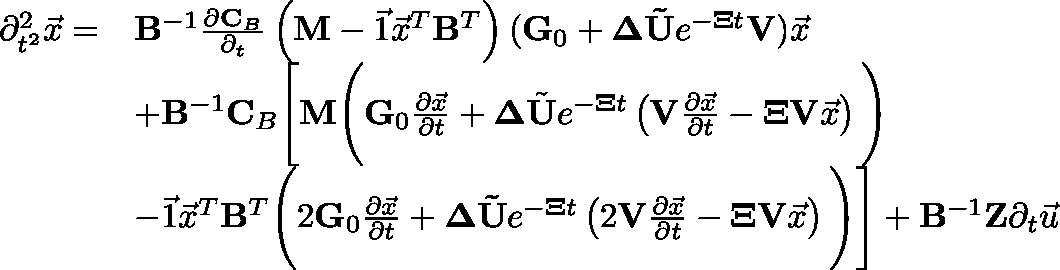
\begin{array} { r l } { \partial _ { t ^ { 2 } } ^ { 2 } \vec { x } = } & { \mathbf { B } ^ { - 1 } \frac { \partial \mathbf { C } _ { B } } { \partial _ { t } } \left( \mathbf { M } - \vec { 1 } \vec { x } ^ { T } \mathbf { B } ^ { T } \right) ( \mathbf { G } _ { 0 } + \mathbf { \Delta } \mathbf { \tilde { U } } e ^ { - \mathbf { \Xi } t } \mathbf { V } ) \vec { x } } \\ & { + \mathbf { B } ^ { - 1 } \mathbf { C } _ { B } \Bigg [ \mathbf { M } \Bigg ( \mathbf { G } _ { 0 } \frac { \partial \vec { x } } { \partial t } + \mathbf { \Delta } \tilde { \mathbf { U } } e ^ { - \mathbf { \Xi } t } \left( \mathbf { V } \frac { \partial \vec { x } } { \partial t } - \mathbf { \Xi } \mathbf { V } \vec { x } \right) \Bigg ) } \\ & { - \vec { 1 } \vec { x } ^ { T } \mathbf { B } ^ { T } \Bigg ( 2 \mathbf { G } _ { 0 } \frac { \partial \vec { x } } { \partial t } + \mathbf { \Delta } \mathbf { \tilde { U } } e ^ { - \mathbf { \Xi } t } \left( 2 \mathbf { V } \frac { \partial \vec { x } } { \partial t } - \mathbf { \Xi } \mathbf { V } \vec { x } \right) \Bigg ) \Bigg ] + \mathbf { B } ^ { - 1 } \mathbf { Z } \partial _ { t } \vec { u } } \end{array}